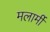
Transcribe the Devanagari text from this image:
मलार्मी